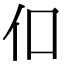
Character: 㐰